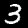
Digit: 3